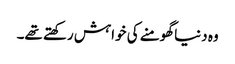
وہ دنیا گھومنے کی خواہش رکھتے تھے۔